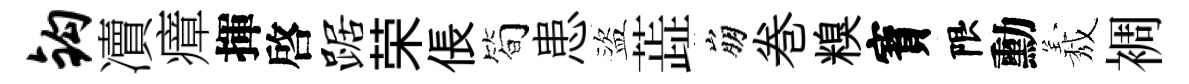
钩凟瘴揮啓踞荣倀简患盜蕋崩巻糗寳限勳𦏁裯